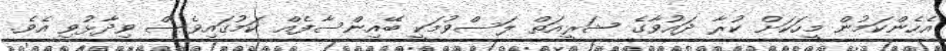
އެހެންކަމުން މީހަަކަށް ކުރާ ދައުވާގެ ޝަރީއަތް ލަސްވުމަކީ ބޭއިންސާފެއް ކަމުގައިވެސް ވިދާޅުވި އެވެ.